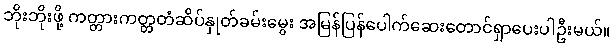
ဘိုးဘိုးဖို့ ကတ္တားကတ္တတံဆိပ်နှုတ်ခမ်းမွေး အမြန်ပြန်ပေါက်ဆေးတောင်ရှာပေးပါဦးမယ်။